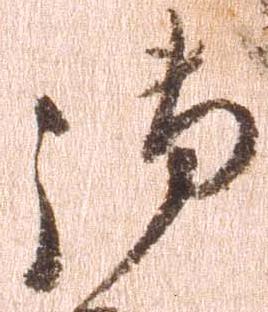
御